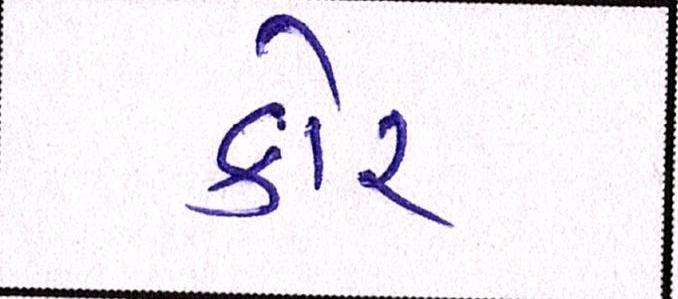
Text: કોર